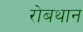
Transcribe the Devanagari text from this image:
रोबथान